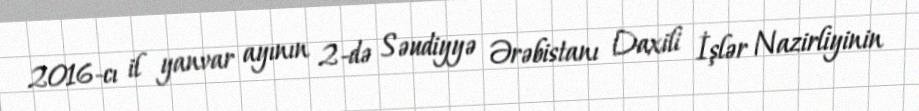
2016-cı il yanvar ayının 2-də Səudiyyə Ərəbistanı Daxili İşlər Nazirliyinin